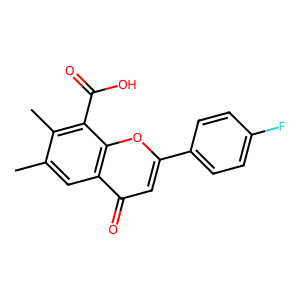
SMILES: Cc1cc2c(=O)cc(-c3ccc(F)cc3)oc2c(C(=O)O)c1C
Inhibits HIV replication: No